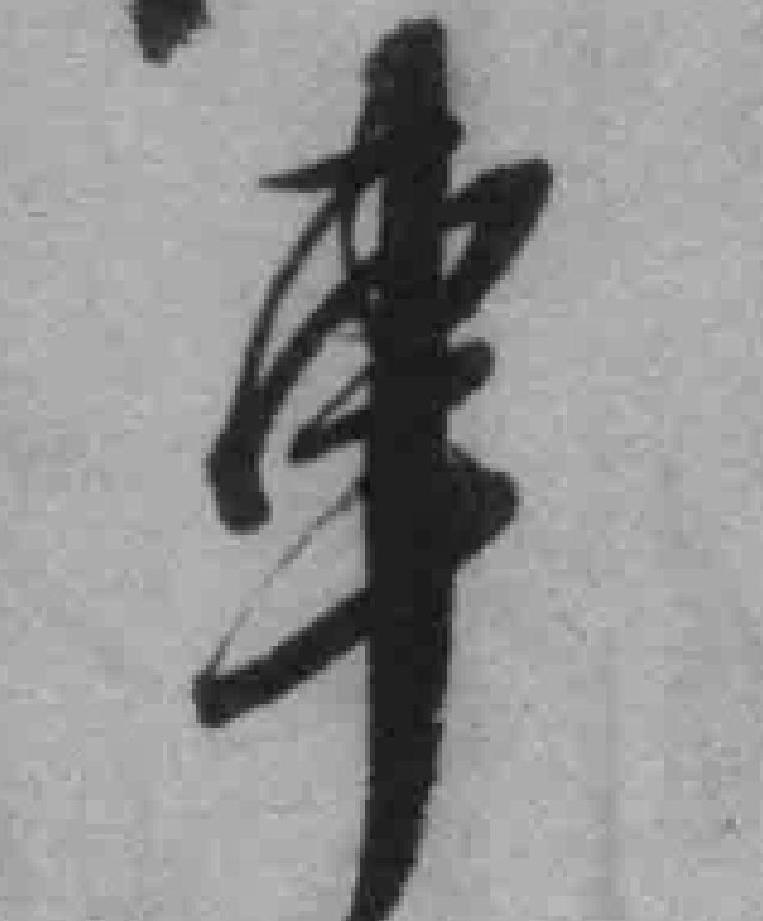
車